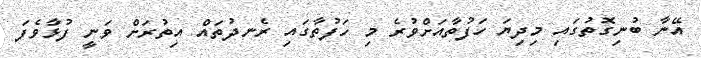
އޭނާ ބުނިގޮތުގައި މިދިޔަ ހަފުތާއަށްވުރެ މި ހަފުތާގައި ރެނދުތައް އިތުރަށް ވަނީ ފުޅާވެފަ